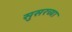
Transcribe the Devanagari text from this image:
सुसरच्या